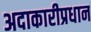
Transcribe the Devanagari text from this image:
अदाकारीप्रधान